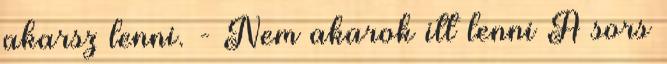
akarsz lenni. - Nem akarok itt lenni A sors